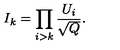
I _ { k } = \prod _ { i > k } \frac { U _ { i } } { \sqrt { Q } } { } .